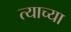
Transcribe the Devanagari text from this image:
त्‍याच्या